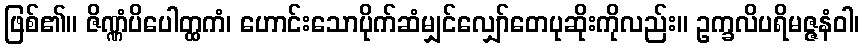
ဖြစ်၏။ ဇိဏ္ဏံပိပေါတ္ထကံ၊ ဟောင်းသောပိုက်ဆံမျှင်လျှော်တေပုဆိုးကိုလည်း။ ဥက္ခလိပရိမဇ္ဇနံဝါ၊